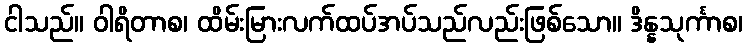
ငါသည်။ ဝါရိတာစ၊ ထိမ်းမြားလက်ထပ်အပ်သည်လည်းဖြစ်သော။ ဒိန္နသုင်္ကာစ၊